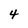
Character: 4